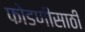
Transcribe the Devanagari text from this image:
फोडणीसाठी